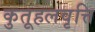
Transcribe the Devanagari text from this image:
कुतूहलवृत्ति